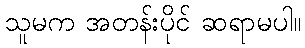
သူမက အတန်းပိုင် ဆရာမပါ။